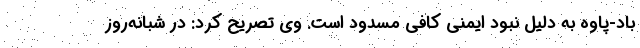
باد-پاوه به دلیل نبود ایمنی کافی مسدود است. وی تصریح کرد: در شبانه‌روز